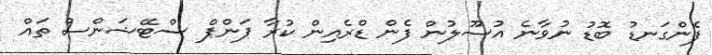
ފެންގަނޑު ބޮޑު ނުވާނެ އުސޫލުން ފެން ޑްރެއިން ކުރާ ޕަންޕް ސްޓޭޝަންސް ތައް